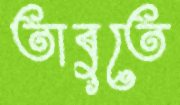
তাবুতে